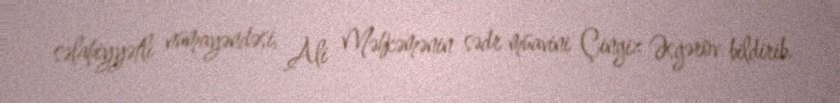
səlahiyyətli nümayəndəsi, Ali Məhkəmənin sədr müavini Çingiz Əsgərov bildirib.